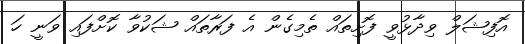
އޮފިޝަލް ވިދާޅުވީ ފޮށިތައް ތެމިގެން އެ ފަރާތައް ޝަކުވާ ކޮށްފައި ވަނީ ހަ